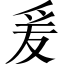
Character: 爰